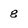
Character: 8